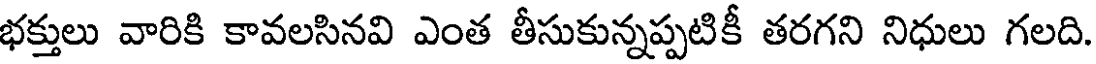
భక్తులు వారికి కావలసినవి ఎంత తీసుకున్నప్పటికీ తరగని నిధులు గలది